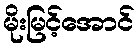
မိုးမြင့်အောင်